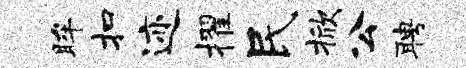
眸扣迹擢民掀公聘